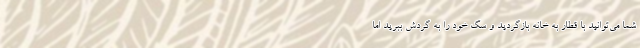
شما می‌توانید با قطار به خانه بازگردید و سگ خود را به گردش ببرید اما